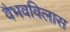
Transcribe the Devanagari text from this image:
वैभवविलास